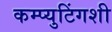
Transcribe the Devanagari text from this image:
कम्प्युटिंगशी